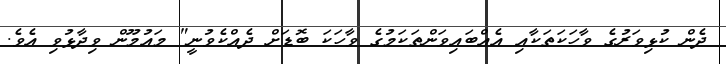
ދެން ކުޅިވަރުގެ ވާހަކަތަކާއި އެއްބައިވަންތަކަމުގެ ވާހަކަ ބޮޑަށް ދެއްކެވުނީ" މައުމޫން ވިދާޅުވި އެވެ.